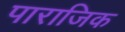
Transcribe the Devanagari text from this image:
पाराजिक